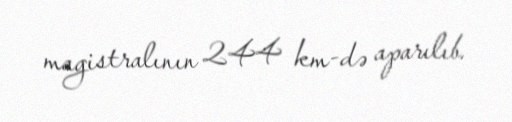
magistralının 244 km-də aparılıb.